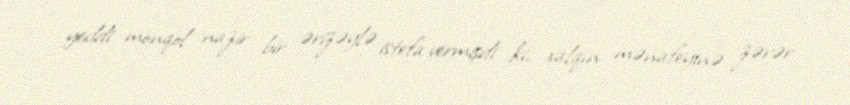
yeddi monqol nazir bir ərizəylə istefa vermişdi ki, xalqın mənafeyinə zərər